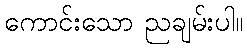
ကောင်းသော ညချမ်းပါ။